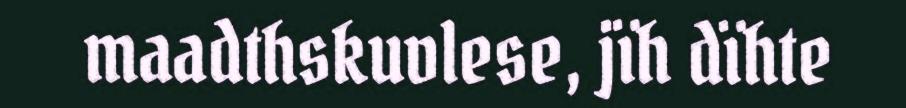
maadthskuvlese, jïh dïhte